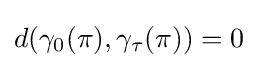
d(\gamma _{0}(\pi ),\gamma _{\tau }(\pi ))=0